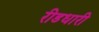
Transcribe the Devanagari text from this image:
रीडधारी